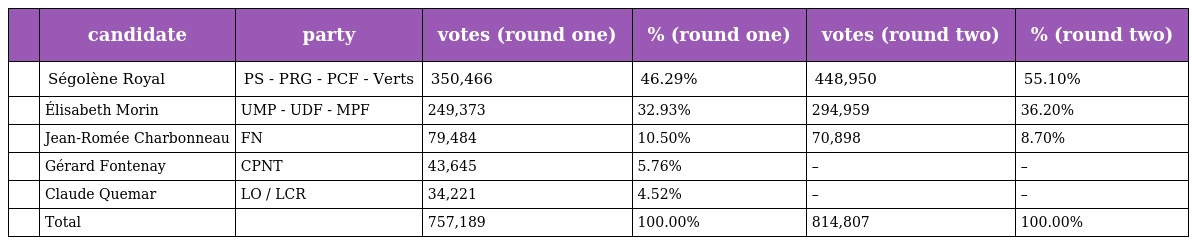
|  | candidate | party | votes (round one) | % (round one) | votes (round two) | % (round two) |
 | --- | --- | --- | --- | --- | --- | --- |
 |  | Ségolène Royal | PS - PRG - PCF - Verts | 350,466 | 46.29% | 448,950 | 55.10% |
 |  | Élisabeth Morin | UMP - UDF - MPF | 249,373 | 32.93% | 294,959 | 36.20% |
 |  | Jean-Romée Charbonneau | FN | 79,484 | 10.50% | 70,898 | 8.70% |
 |  | Gérard Fontenay | CPNT | 43,645 | 5.76% | – | – |
 |  | Claude Quemar | LO / LCR | 34,221 | 4.52% | – | – |
 |  | Total |  | 757,189 | 100.00% | 814,807 | 100.00% |